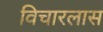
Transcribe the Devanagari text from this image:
विचारलास